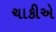
ચાકીએ